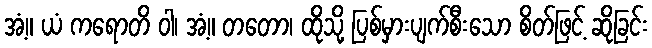
အံ့။ ယံ ကရောတိ ဝါ၊ အံ့။ တတော၊ ထိုသို့ ပြစ်မှားပျက်စီးသော စိတ်ဖြင့် ဆိုခြင်း